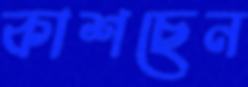
কাশছেন